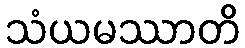
သံယမဿာတိ